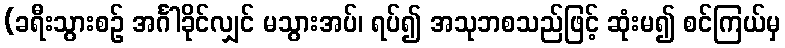
(ခရီးသွားစဉ် အင်္ဂါခိုင်လျှင် မသွားအပ်၊ ရပ်၍ အသုဘစသည်ဖြင့် ဆုံးမ၍ စင်ကြယ်မှ